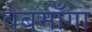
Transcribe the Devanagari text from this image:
वेबमाँगा